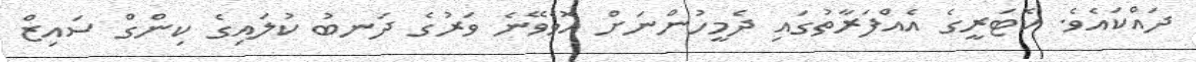
ދައްކައެވެ. ކޮޓަރީގެ އެއްފަރާތުގައި ދެމީހުންނަށް އޮވެވޭނެ ވަރުގެ ދަނބު ކުލައިގެ ކިންގް ސައިޒް